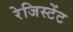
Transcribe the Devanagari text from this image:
रेजिस्टेंट